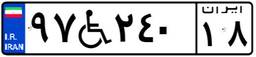
۹۷W۲۴۰۱۸